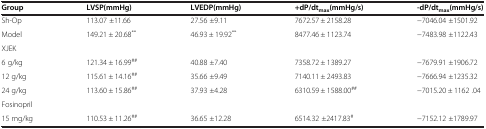
<table><thead><tr><td><b>Group</b></td><td><b>LVSP(mmHg)</b></td><td><b>LVEDP(mmHg)</b></td><td><b>+dP/dt<sub>max</sub>(mmHg/s)</b></td><td><b>-dP/dt<sub>max</sub>(mmHg/s)</b></td></tr></thead><tbody><tr><td>Sh-Op</td><td>113.07 ±11.66</td><td>27.56 ±9.11</td><td>7672.57 ± 2158.28</td><td>−7046.04 ±1501.92</td></tr><tr><td>Model</td><td>149.21 ± 20.68<sup>**</sup></td><td>46.93 ± 19.92<sup>**</sup></td><td>8477.46 ± 1123.74</td><td>−7483.98 ±1122.43</td></tr><tr><td>XJEK</td><td> </td><td> </td><td> </td><td> </td></tr><tr><td>6 g/kg</td><td>121.34 ± 16.99<sup>##</sup></td><td>40.88 ±7.40</td><td>7358.72 ± 1389.27</td><td>−7679.91 ±1906.72</td></tr><tr><td>12 g/kg</td><td>115.61 ± 14.16<sup>##</sup></td><td>35.66 ±9.49</td><td>7140.11 ± 2493.83</td><td>−7666.94 ±1235.32</td></tr><tr><td>24 g/kg</td><td>113.60 ± 15.86<sup>##</sup></td><td>37.93 ±4.28</td><td>6310.59 ± 1588.00<sup>##</sup></td><td>−7015.20 ± 1162 .04</td></tr><tr><td>Fosinopril</td><td> </td><td> </td><td> </td><td> </td></tr><tr><td>15 mg/kg</td><td>110.53 ± 11.26<sup>##</sup></td><td>36.65 ±12.28</td><td>6514.32 ±2417.83<sup>#</sup></td><td>−7152.12 ±1789.97</td></tr></tbody></table>